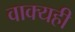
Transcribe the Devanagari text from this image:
वाक्यही